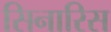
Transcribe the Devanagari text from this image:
सिनारिस